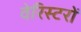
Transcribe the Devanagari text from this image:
वेरिस्टरों